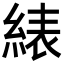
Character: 𬗠